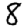
Digit: 8